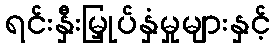
ရင်းနှီးမြှုပ်နှံမှုများနှင့်